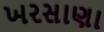
ખરસાણા